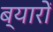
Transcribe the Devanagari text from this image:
ब्यारों